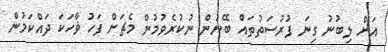
އަށް ލިބުނު ގިނަ ފުރުސަތުތައް ބޭނުން ނުކުރެވުމުން މެޗަށް ފަހު ޥާހަކަ ދައްކަމުން